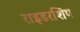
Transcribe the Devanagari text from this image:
राइडरशिप